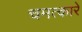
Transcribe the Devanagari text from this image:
चमत्कारें